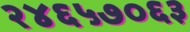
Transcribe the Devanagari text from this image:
२४६५७०६३